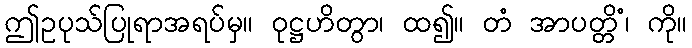
ဤဥပုသ်ပြုရာအရပ်မှ။ ဝုဋ္ဌဟိတွာ၊ ထ၍။ တံ အာပတ္တိံ၊ ကို။